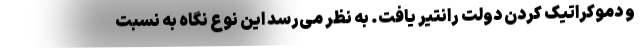
و دموکراتیک کردن دولت رانتیر یافت. به نظر می‌رسد این نوع نگاه به نسبت